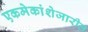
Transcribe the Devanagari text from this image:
एकमेकांशेजारील